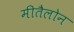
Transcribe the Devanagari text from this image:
मीतैलोन